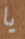
يا